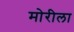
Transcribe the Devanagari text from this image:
मोरीला